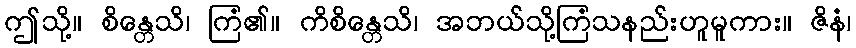
ဤသို့။ စိန္တေသိ၊ ကြံ၏။ ကိစိန္တေသိ၊ အဘယ်သို့ကြံသနည်းဟူမူကား။ ဇိနံ၊